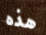
هذه